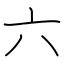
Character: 六